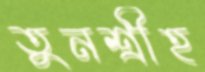
তুনশ্রীহ